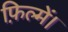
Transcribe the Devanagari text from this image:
फ़िल्में।